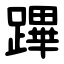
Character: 蹕